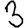
Digit: 3